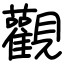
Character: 觀